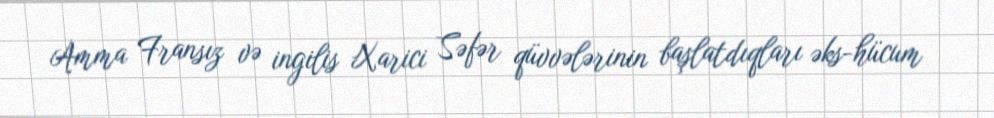
Amma Fransız və ingilis Xarici Səfər qüvvələrinin başlatdıqları əks-hücum